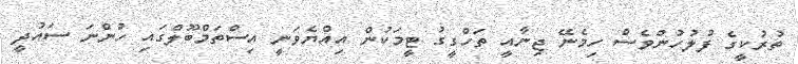
ތުރުކީގެ ފުލުހުންވެސް ހިމެނޭ ޖިނާއީ ތަހްގީގު ޓީމަކުން އިއްޔެވަނީ އިސްތަމްބޫލްގައި ހުންނަ ސައުދީ